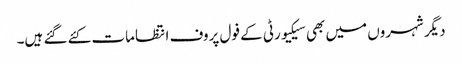
دیگر شہروں میں بھی سیکیورٹی کے فول پروف انتظامات کئے گئے ہیں۔